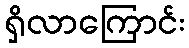
ရှိလာကြောင်း